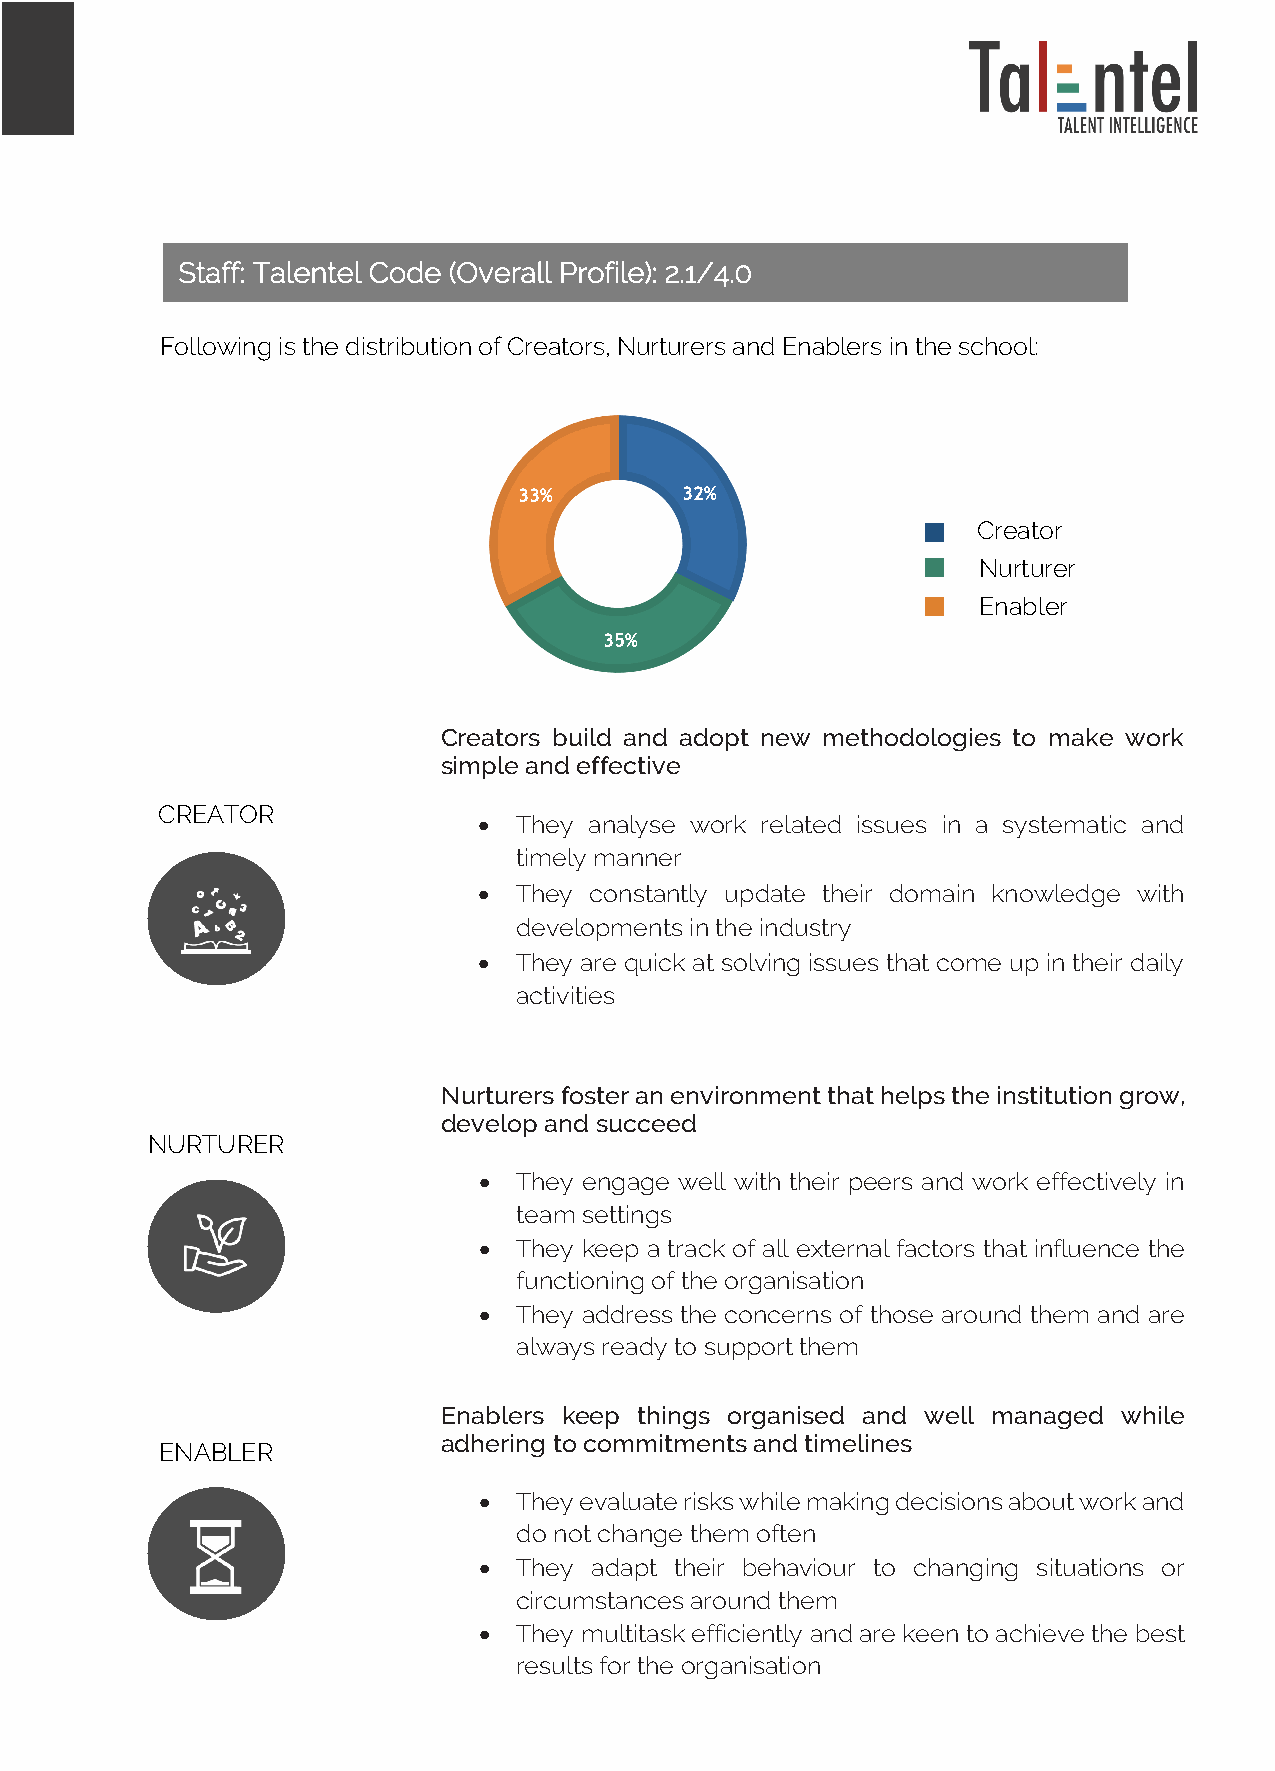
Staff: Talentel Code (Overall Profile): 2.1/4.0
 Following is the distribution of Creators, Nurturers and Enablers in the school:
 33%        32%
 Creator
 Nurturer
 Enabler
 35%
 Creators build and adopt new methodologies to make work
 simple and effective
 CREATOR
 • They analyse work related issues in a systematic and
 timely manner
 • They constantly update their domain knowledge with
 developments in the industry
 • They are quick at solving issues that come up in their daily
 activities
 Nurturers foster an environment that helps the institution grow,
 develop and succeed
 NURTURER
 • They engage well with their peers and work effectively in
 team settings
 • They keep a track of all external factors that influence the
 functioning of the organisation
 • They address the concerns of those around them and are
 always ready to support them
 Enablers keep things organised and well managed while
 adhering to commitments and timelines
 ENABLER
 • They evaluate risks while making decisions about work and
 do not change them often
 • They adapt their behaviour to changing situations or
 circumstances around them
 • They multitask efficiently and are keen to achieve the best
 results for the organisation